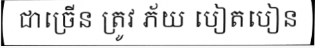
ជាច្រើន ត្រូវ ភ័យ បៀតបៀន